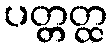
ပတ္တတ္ထ